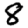
Digit: 8